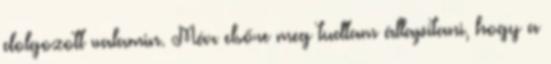
dolgozott valamin. Már elsőre meg tudtam állapítani, hogy a